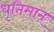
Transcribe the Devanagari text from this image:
धृतिमान्‌